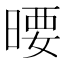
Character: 𣉋